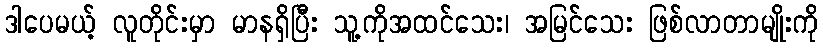
ဒါပေမယ့် လူတိုင်းမှာ မာနရှိပြီး သူ့ကိုအထင်သေး၊ အမြင်သေး ဖြစ်လာတာမျိုးကို